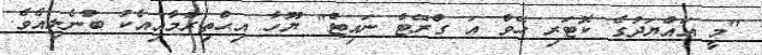
"މީ އައްޔަދުގެ ކޮޓަރި ހޭވް އަ ގްރޭޓް ނައިޓް" ޔޫހާ އިޙްތިރާމާއިއެކު ބުނެލިއެވެ.